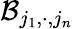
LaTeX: \mathcal{B}_{j_{1},\cdot,j_{n}}